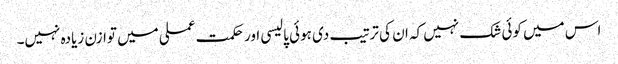
اس میں کوئی شک نہیں کہ ان کی ترتیب دی ہوئی پالیسی اور حکمت عملی میں توازن زیادہ نہیں۔